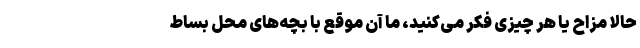
حالا مزاح یا هر چیزی فکر می‌کنید، ما آن موقع با بچه‌های محل بساط